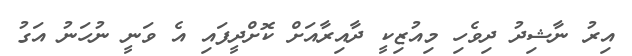
އިރު ނާޝިދު ދިވެހި މިއުޒިކީ ދާއިރާއަށް ކޮށްދީފައި އެ ވަނީ ނުހަނު އަގު